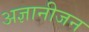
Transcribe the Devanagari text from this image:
अज्ञानीजन